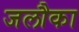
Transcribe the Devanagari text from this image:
जलौका